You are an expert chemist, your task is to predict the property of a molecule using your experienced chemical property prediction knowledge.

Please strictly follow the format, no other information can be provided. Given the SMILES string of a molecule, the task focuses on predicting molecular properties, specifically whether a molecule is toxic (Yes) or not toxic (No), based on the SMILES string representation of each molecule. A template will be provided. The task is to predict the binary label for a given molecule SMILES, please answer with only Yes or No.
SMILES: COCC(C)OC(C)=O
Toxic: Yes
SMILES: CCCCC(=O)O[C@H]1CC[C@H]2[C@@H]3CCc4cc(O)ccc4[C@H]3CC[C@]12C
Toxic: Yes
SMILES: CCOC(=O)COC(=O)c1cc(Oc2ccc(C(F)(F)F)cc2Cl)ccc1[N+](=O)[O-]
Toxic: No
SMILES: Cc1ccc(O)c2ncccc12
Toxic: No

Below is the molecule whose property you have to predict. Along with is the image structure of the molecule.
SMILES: CCNCCO
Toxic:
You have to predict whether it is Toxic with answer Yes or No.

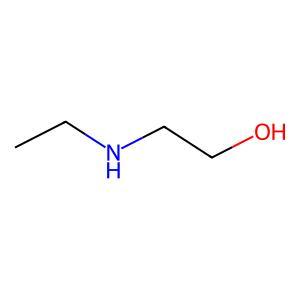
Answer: No